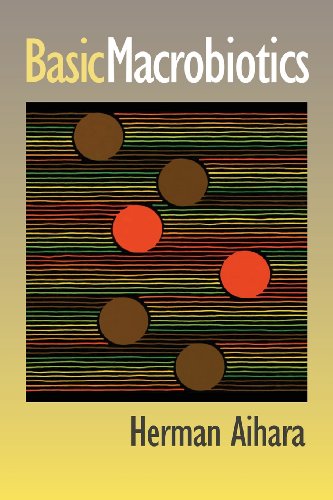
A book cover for Basic Macrobiotics; Herman Aihara; Health, Fitness & Dieting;